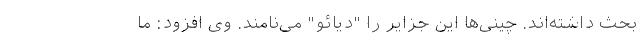
بحث داشته‌اند. چینی‌ها این جزایر را "دیائو" می‌نامند. وی افزود: ما